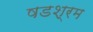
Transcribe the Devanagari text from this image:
षडश्रम